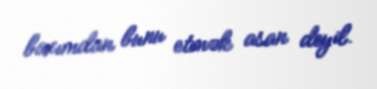
baxımdan bunu etmək asan deyil.